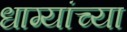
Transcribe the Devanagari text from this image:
धाग्यांच्या